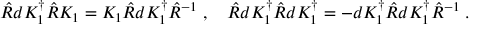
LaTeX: \hat { R } d K _ { 1 } ^ { \dagger } \hat { R } K _ { 1 } = K _ { 1 } \hat { R } d K _ { 1 } ^ { \dagger } \hat { R } ^ { - 1 } \; , \quad \hat { R } d K _ { 1 } ^ { \dagger } \hat { R } d K _ { 1 } ^ { \dagger } = - d K _ { 1 } ^ { \dagger } \hat { R } d K _ { 1 } ^ { \dagger } \hat { R } ^ { - 1 } \; .